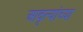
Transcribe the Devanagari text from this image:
आवृत्यांच्या